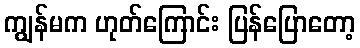
ကျွန်မက ဟုတ်ကြောင်း ပြန်ပြောတော့